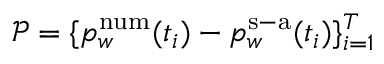
\mathcal { P } = \{ p _ { w } ^ { \mathrm { n u m } } ( t _ { i } ) - p _ { w } ^ { \mathrm { s - a } } ( t _ { i } ) \} _ { i = 1 } ^ { T }